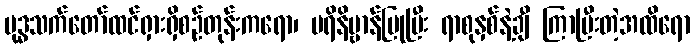
ဗုဒ္ဓသက်တော်ထင်ရှားရှိစဉ်တုန်းကရော၊ ပရိနိဗ္ဗာန်ပြုပြီး ရာစုနှစ်နဲ့ချီ ကြာပြီးတဲ့အထိရော